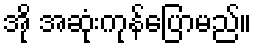
အို အဆုံးကုန်ပြောမည်။